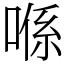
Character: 喺